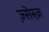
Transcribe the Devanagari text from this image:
ज़्सेस्ज़